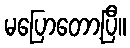
မပြောတော့ပြီ။